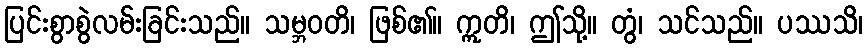
ပြင်းစွာစွဲလမ်းခြင်းသည်။ သမ္ဘဝတိ၊ ဖြစ်၏။ ဣတိ၊ ဤသို့။ တွံ၊ သင်သည်။ ပဿသိ၊